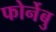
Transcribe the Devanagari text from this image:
फोर्नेबु